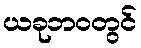
ယခုဘဝတွင်